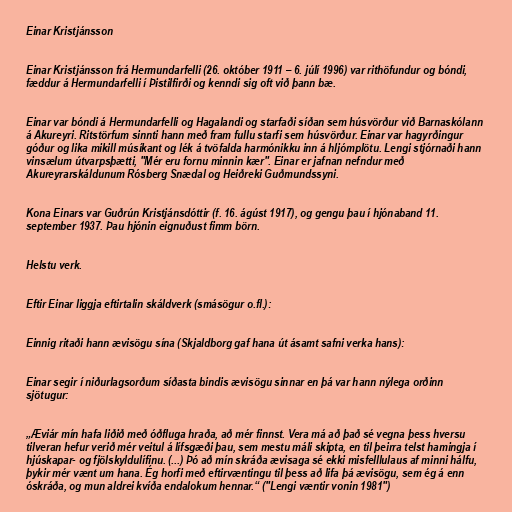
Einar Kristjánsson

Einar Kristjánsson frá Hermundarfelli (26. október 1911 – 6. júlí 1996) var rithöfundur og bóndi,
fæddur á Hermundarfelli í Þistilfirði og kenndi sig oft við þann bæ.

Einar var bóndi á Hermundarfelli og Hagalandi og starfaði síðan sem húsvörður við Barnaskólann
á Akureyri. Ritstörfum sinnti hann með fram fullu starfi sem húsvörður. Einar var hagyrðingur
góður og lika mikill músíkant og lék á tvöfalda harmónikku inn á hljómplötu. Lengi stjórnaði hann
vinsælum útvarpsþætti, "Mér eru fornu minnin kær". Einar er jafnan nefndur með
Akureyrarskáldunum Rósberg Snædal og Heiðreki Guðmundssyni.

Kona Einars var Guðrún Kristjánsdóttir (f. 16. ágúst 1917), og gengu þau í hjónaband 11.
september 1937. Þau hjónin eignuðust fimm börn.

Helstu verk.

Eftir Einar liggja eftirtalin skáldverk (smásögur o.fl.):

Einnig ritaði hann ævisögu sína (Skjaldborg gaf hana út ásamt safni verka hans):

Einar segir í niðurlagsorðum síðasta bindis ævisögu sinnar en þá var hann nýlega orðinn
sjötugur:

„Æviár mín hafa liðið með óðfluga hraða, að mér finnst. Vera má að það sé vegna þess hversu
tilveran hefur verið mér veitul á lífsgæði þau, sem mestu máli skipta, en til þeirra telst hamingja í
hjúskapar- og fjölskyldulífinu. (...) Þó að mín skráða ævisaga sé ekki misfelllulaus af minni hálfu,
þykir mér vænt um hana. Ég horfi með eftirvæntingu til þess að lifa þá ævisögu, sem ég á enn
óskráða, og mun aldrei kvíða endalokum hennar.“ ("Lengi væntir vonin 1981")